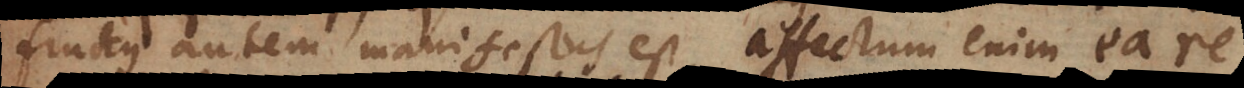
fructus autem manifestus est, affectum enim ea re